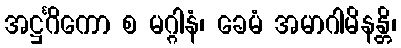
အဋ္ဌင်္ဂိကော စ မဂ္ဂါနံ၊ ခေမံ အမာဂါမိနန္တိ၊